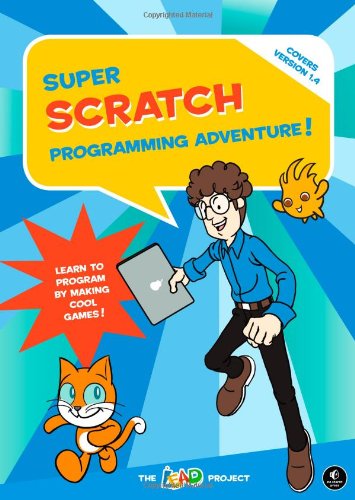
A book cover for Super Scratch Programming Adventure!: Learn to Program By Making Cool Games; The LEAD Project; Children's Books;